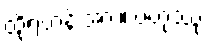
ထိုရဟန်းအား။ ဗဟုဿု